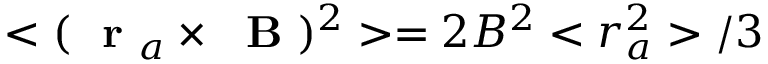
< ( \mathrm { ~ \bf ~ r ~ } _ { a } \times \mathrm { ~ \bf ~ B ~ } ) ^ { 2 } > = 2 B ^ { 2 } < r _ { a } ^ { 2 } > / 3